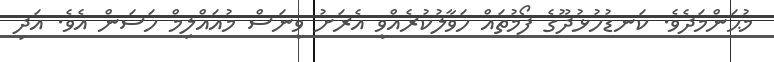
މުޙަންމަދެވެ. ކަނޑުހުޅުދޫގެ ފޯމުތައް ހަވާލުކުރެއްވީ އެރަށު ވީނަސް މުއައްލިމް ހަސަން އެވެ. އަދި